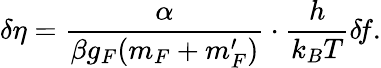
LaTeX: \delta\eta=\frac{\alpha}{\beta g_{F}(m_{F}+m_{F}^{\prime})}\cdot\frac{h}{k_{B}T}\delta\! f.